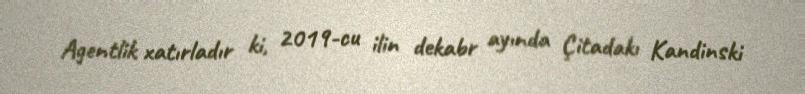
Agentlik xatırladır ki, 2019-cu ilin dekabr ayında Çitadakı Kandinski